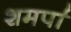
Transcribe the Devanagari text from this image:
शमर्पा